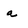
Character: a